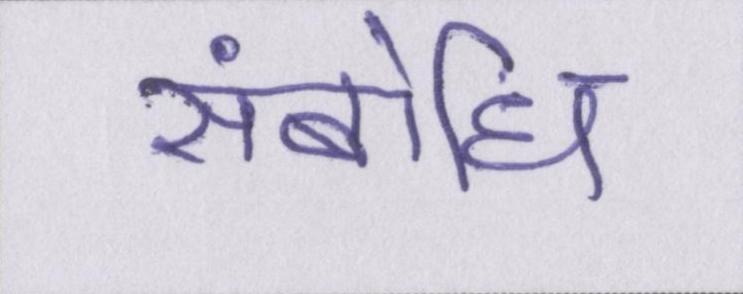
संबोधि